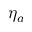
\eta _ { a }